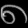
Digit: ၈